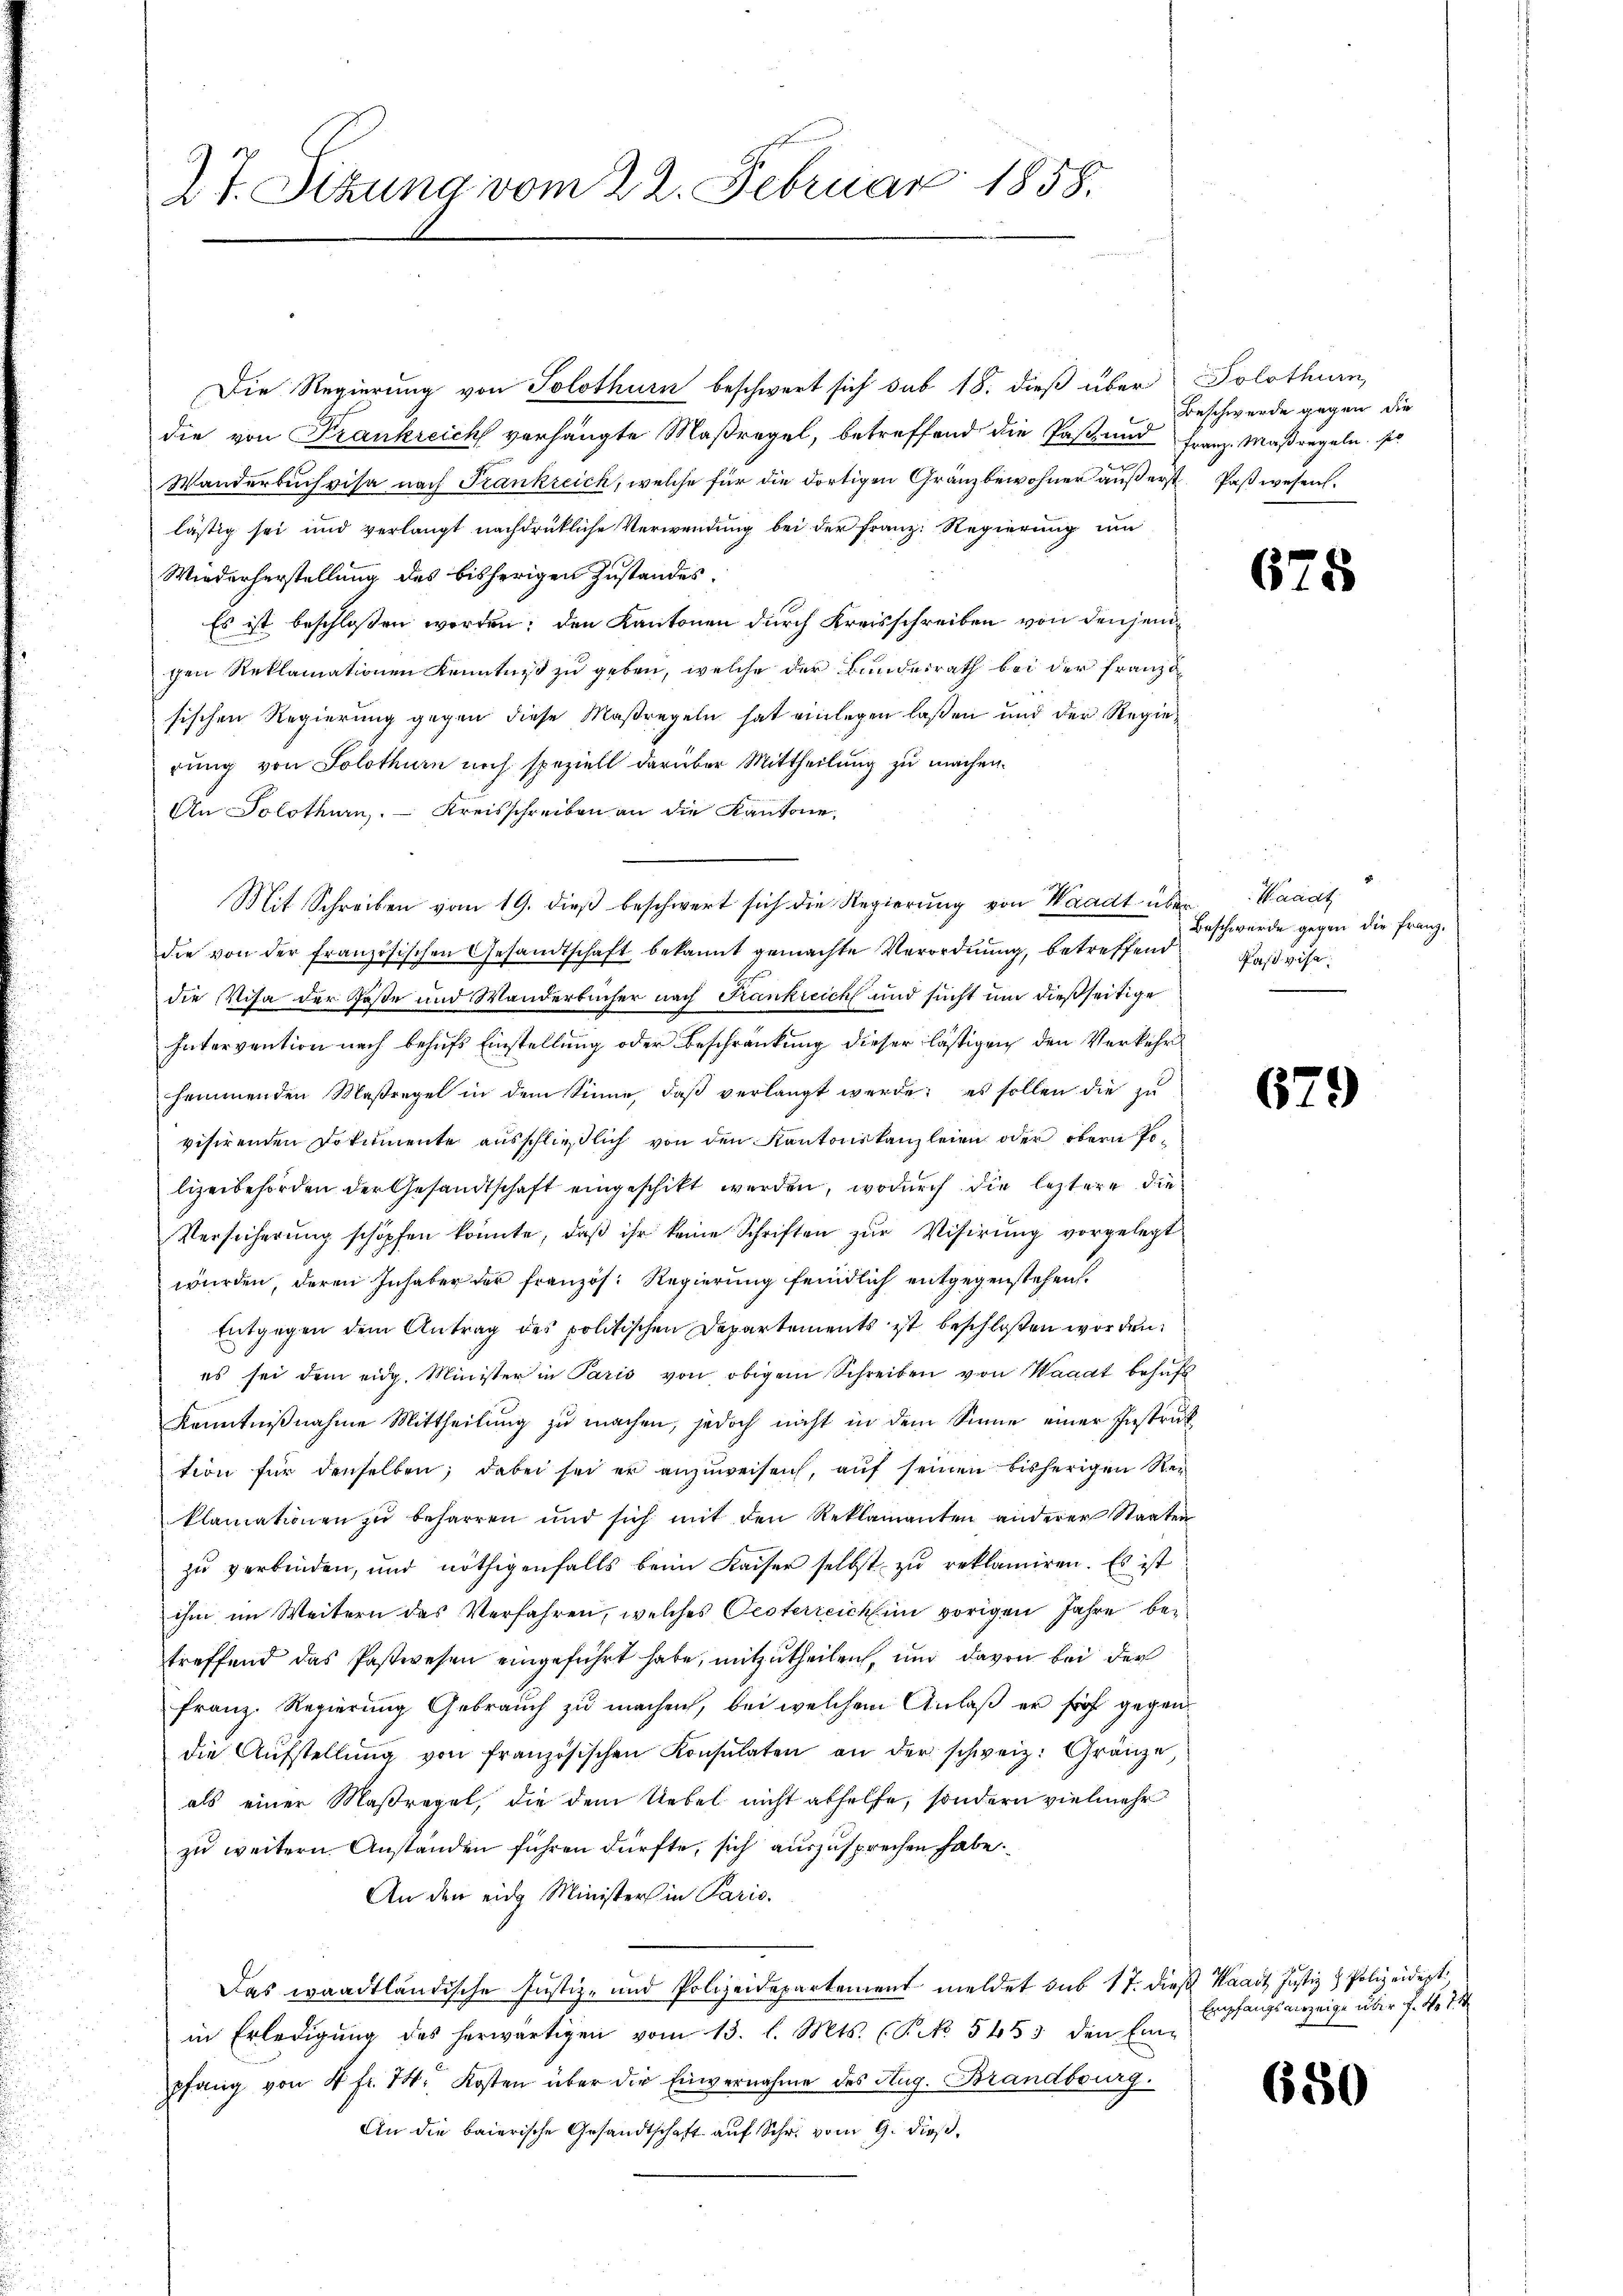
dt. Sitzung vom 22. Februar 1858.

Die Regierung von Solothurn beschwert sich sub 18. dieß über Solothurn,
die von Frankreich verhängte Maßregel, betreffend die Paß und Franz Maßregeln, so
Wanderbuchvisa nach Frankreich, welche für die dortigen Gränzbewohner außerst Paß wesen.
lästig sei und verlangt nachdrückliche Verwendung bei der Franz: Regierung um
Wiederherstellung des bisherigen Zustandes.
Es ist beschloßen worden; den Kantonen durch Kreisschreiben von denjeni
chen Reklamationen Kenntniß zu geben, welche der Bundesrath bei der Franz
sischen Regierung gegen diese Maßregeln hat einlegen laßen und der Regierung von Solothurn noch speziell darüber Mittheilung zu machen.
An Solothurn. Kreisschreiben an die Kantone,
Mit Schreiben vom 19. dieß beschwert sich die Regierung von Waadt über Waadt
die von der französischen Gesandtschaft bekannt gemachte Verordnung, betreffend
die Visa der Poste und Wanderbücher nach Frankreich und sucht um dießseitige
Intervention nach behŭfs Einstellŭng oder Beschränkung dieser lästigen den Verkehr
hammenden Maßregel in dem Sinne, daβ verlangt werde; es sollen die zu
visirenden Dokumente aŭsschließlich von den Kantonskanzleien oder obern Polizeibehörden der Gesandtschaft eingeschikt werden, wodurch die leztere die¬
Versicherŭng schöpfen könnte, daβ ihr keine Schriften zŭr Visirŭng vorgelegt
wurden, deren Inhaber der französ. Regierung feindlich entgegenstehen.
Entgegen dem Antrag des politischen Departements ist beschloßen worden.
es sei dem eidg. Minister in Paris von obigem Schreiben von Waadt behŭfs
Kenntnißnahme Mittheilung zu machen, jedoch nicht in dem Sinne einer Instruktion für denselben; dabei sei er anzuweisen, auf seinen bisherigen Reklamationen zŭ beharren und sich mit den Reklamanten anderer Staaten
zu verbinden, und nöthigenfalls beim Kaiser selbst zu reklamiren. Es ist
ihm im Weitern das Verfahren, welches Oesterreich im vorigen Jahre betreffend das Postwesen eingeführt habe, mitzutheilen, und davon bei der
Franz. Regierung Gebrauch zu machen, bei welchem Anlaß er froh gegendie Aŭfstellŭng von französischen Konsulaten an der schweiz. Gränze,
als einer Maßregel, die dem Uebel nicht abhelfe, sondern vielmehr
zu weitern Anständen führen dürfte, sich auszusprechen habe.
An den eidg Ministers in Paris.
Das waadtländische Justiz- und Polizeidepartement meldet sub 17. dieß Waadt Justiz & Polizeidept,
in Erledigŭng des herwärtigen vom 13. l. Mts. (T. No 5453 den Ein-
pfang von 4 fr. 14. Kosten über die Einvernahme des Aug. Brandbrurg.
An die baierische Gesandtschaft auf Schr. vom 9. dieß.

Beschwerde gegen die

675

Beschwürde gegen die Franz.
Post vise.

679

Empfangsverzeige über d. d. 7t

680